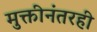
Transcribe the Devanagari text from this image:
मुक्तीनंतरही